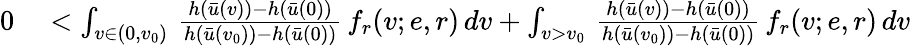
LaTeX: \begin{array}{rl}{0}&{{}<\int_{v\in(0,v_{0})}\, \frac{h(\bar{u}(v))-h(\bar{u}(0))}{h(\bar{u}(v_{0}))-h(\bar{u}(0))}\, f_{r}(v;e,r)\, dv+\int_{v>v_{0}}\, \frac{h(\bar{u}(v))-h(\bar{u}(0))}{h(\bar{u}(v_{0}))-h(\bar{u}(0))}\, f_{r}(v;e,r)\, dv}\end{array}